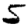
Digit: 5